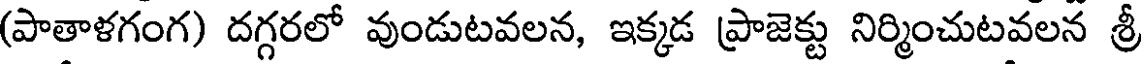
(పాతాళగంగ) దగ్గరలో వుండుటవలన, ఇక్కడ ప్రాజెక్టు నిర్మించుటవలన శ్రీ